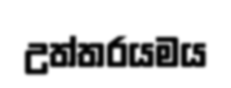
උත්තරයමය